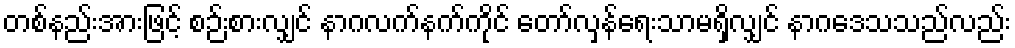
တစ်နည်းအားဖြင့် စဉ်းစားလျှင် နာဂလက်နက်ကိုင် တော်လှန်ရေးသာမရှိလျှင် နာဂဒေသသည်လည်း